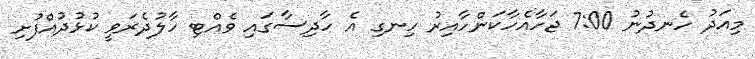
މިއަދު ހެނދުނު 7:00 ޖަހާއެހާކަންހާއިރު ހިނގި އެ ހާދިސާގައި ވެއްޓި ހާލުދެރަވީ ކުޅުދުއްފުށި